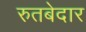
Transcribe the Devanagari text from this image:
रुतबेदार